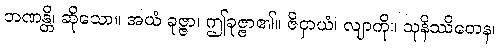
ဘဏန္တိ၊ ဆိုသော။ အယံ ခုဇ္ဇာ၊ ဤခုဇ္ဇာ၏။ ဇိဝှာယံ၊ လျာကို။ သုနိဿိတေန၊